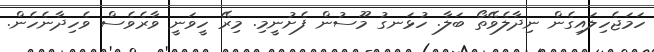
ހަމަޖެހިލައިގެން ނިދާލެވޭތޯ ބަލާ. ހުޅަނގު މޫސުން ފެށުނީމި. މިރޭ ހީވަނީ ވާރެވެސް ވެހިދާނެހެން.